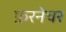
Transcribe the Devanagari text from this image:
फ़रनेचर